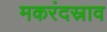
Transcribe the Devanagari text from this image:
मकरंदस्राव